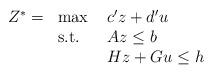
LaTeX: \begin{align*}\begin{array}{llll}Z^* = & \max \ & c'z + d'u & \\& \mbox{s.t.} \ & Az \leq b & \\&& Hz + Gu \leq h & \end{array}\end{align*}